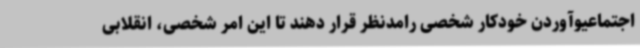
اجتماعیوآوردن خودکار شخصی رامدنظر قرار دهند تا این امر شخصی، انقلابی